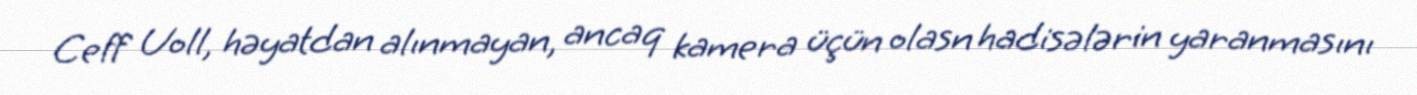
Ceff Uoll, həyatdan alınmayan, ancaq kamera üçün olasn hadisələrin yaranmasını